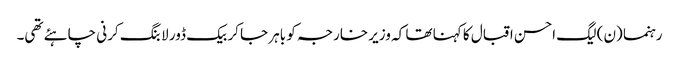
رہنما (ن) لیگ احسن اقبال کا کہنا تھا کہ وزیر خارجہ کو باہر جا کر بیک ڈور لابنگ کرنی چاہئے تھی۔